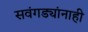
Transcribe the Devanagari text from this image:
सवंगड्यांनाही